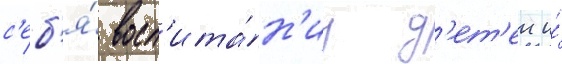
с'еб'я́ восп'ита́н'иу д'ет'еи и́